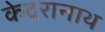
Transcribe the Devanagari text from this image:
केदरानाथ